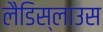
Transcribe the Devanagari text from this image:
लैडिस्लाउस